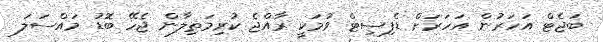
ބަޖެޓް އަހަރުން އަހަރަށް ޑެފިސިޓް ވުމަކީ ރާއްޖެ ކުރިމަތިލާން ޖެހޭ ބޮޑު މައްސަލަ